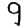
Digit: 9